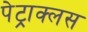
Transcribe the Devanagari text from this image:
पेट्राक्लस